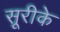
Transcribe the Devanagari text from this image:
सूरीके